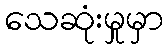
သေဆုံးမှုမှာ